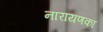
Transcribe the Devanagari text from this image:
नारायणका